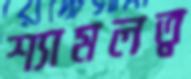
শ্যামলত্ব